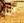
أنت